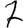
Digit: 7